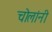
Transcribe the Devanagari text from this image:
चोलांनी